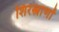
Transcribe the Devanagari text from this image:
शिरस्त्राणों